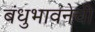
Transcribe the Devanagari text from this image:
बंधुभावनेची